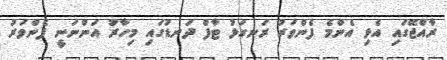
ރާއްޖޭގައި އެޅި އެންމެ ފެންވަރު ރަނގަޅު ޓާފް ދަނޑުގައި މިހާރު އަންނަނީ ފެންވަރު